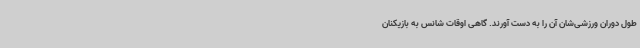
طول دوران ورزشی‌شان آن را به دست آورند. گاهی اوقات شانس به بازیکنان